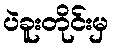
ပဲခူးတိုင်းမှ